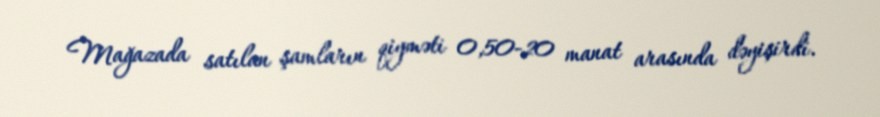
Mağazada satılan şamların qiyməti 0,50-20 manat arasında dəyişirdi.